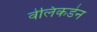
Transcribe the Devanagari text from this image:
वेलिकडेन